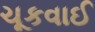
ચૂકવાઈ